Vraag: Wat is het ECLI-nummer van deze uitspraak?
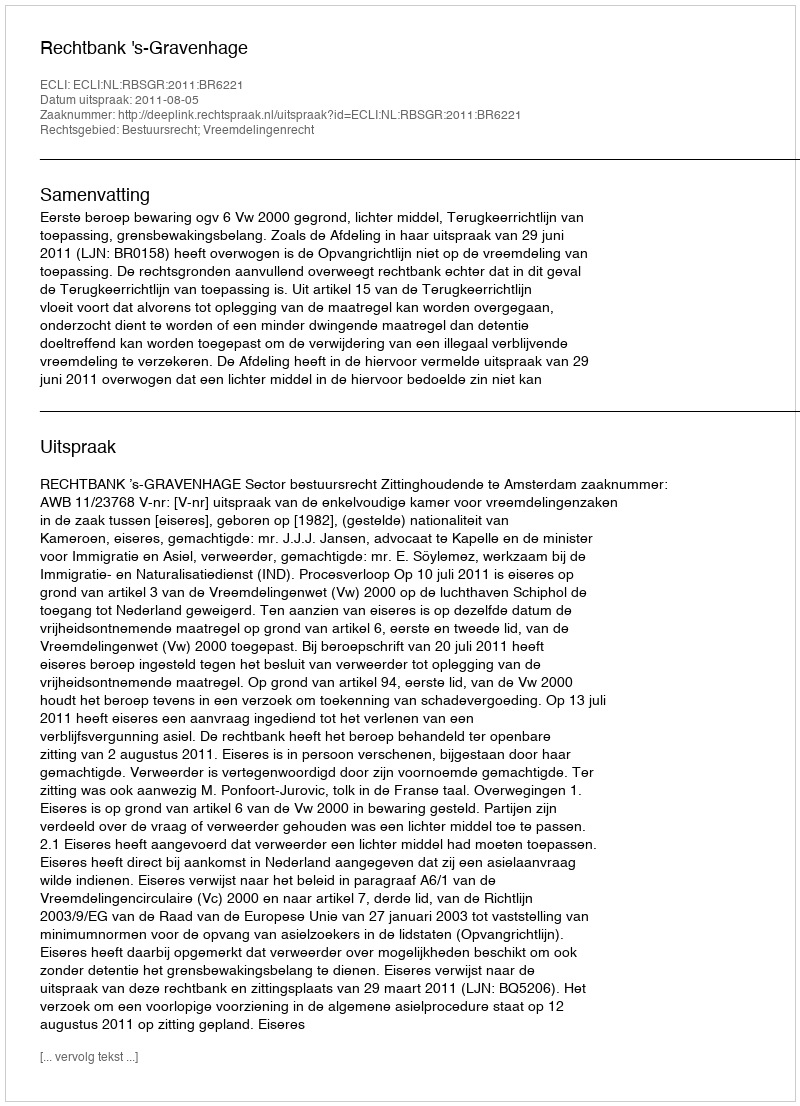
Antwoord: ECLI:NL:RBSGR:2011:BR6221